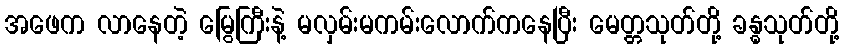
အဖေက လာနေတဲ့ မြွေကြီးနဲ့ မလှမ်းမကမ်းလောက်ကနေပြီး မေတ္တသုတ်တို့ ခန္ဓသုတ်တို့